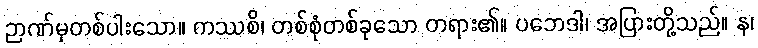
ဉာဏ်မှတစ်ပါးသော။ ကဿစိ၊ တစ်စုံတစ်ခုသော တရား၏။ ပဘေဒါ၊ အပြားတို့သည်။ န၊